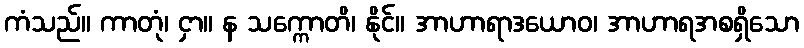
ကံသည်။ ကာတုံ၊ ငှာ။ န သက္ကောတိ၊ နိုင်။ အာဟာရာဒယောဝ၊ အာဟာရအစရှိသော